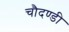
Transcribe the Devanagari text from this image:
चौदण्डी